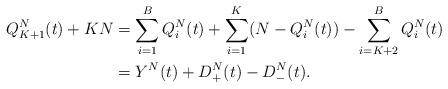
LaTeX: \begin{align*}Q^N_{K+1}(t)+KN &= \sum_{i=1}^B Q_i^N(t)+\sum_{i=1}^{K} (N-Q_i^N(t)) - \sum_{i=K+2}^B Q_i^N(t)\\&= Y^N(t) + D^N_+(t) -D^N_-(t).\end{align*}